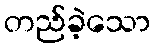
တည်ခဲ့သော